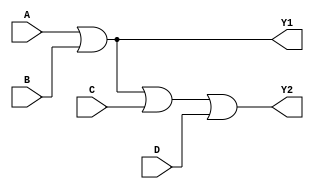
module LG_6_1(input A,input B,input C,input D,output Y1,output Y2);
assign Y1 = A | B; // This is representative of IC7432 , IC 74832. These two are 2-Input OR gates.
assign Y2 = A | B | C | D; // This is representative of IC 74802. It is a 4-Input OR gate.
endmodule